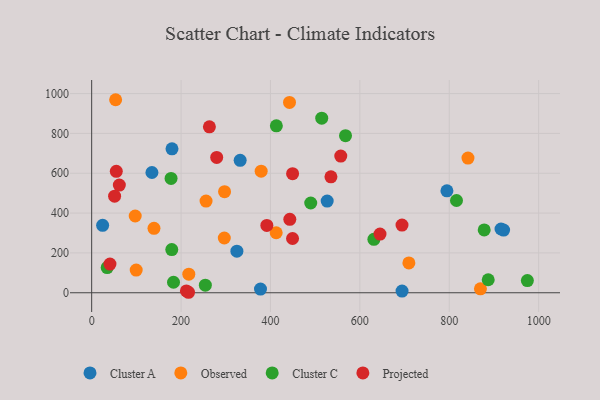
{"axis": {"x": "Distance", "y": "Salary"}, "legend": ["Cluster A", "Cluster C", "Observed", "Projected"], "data": [{"x": "694.4", "y": 8.5, "type": "Cluster A"}, {"x": "179.7", "y": 722.8, "type": "Cluster A"}, {"x": "134.8", "y": 603.7, "type": "Cluster A"}, {"x": "332.2", "y": 664.9, "type": "Cluster A"}, {"x": "24.5", "y": 338.7, "type": "Cluster A"}, {"x": "921.6", "y": 314.8, "type": "Cluster A"}, {"x": "324.9", "y": 208.6, "type": "Cluster A"}, {"x": "915.8", "y": 320.1, "type": "Cluster A"}, {"x": "526.9", "y": 460.4, "type": "Cluster A"}, {"x": "377.7", "y": 18.6, "type": "Cluster A"}, {"x": "794.8", "y": 511.7, "type": "Cluster A"}, {"x": "139.4", "y": 323.5, "type": "Observed"}, {"x": "296.7", "y": 274.9, "type": "Observed"}, {"x": "379.2", "y": 610.4, "type": "Observed"}, {"x": "53.6", "y": 969.2, "type": "Observed"}, {"x": "412.8", "y": 301.2, "type": "Observed"}, {"x": "442.6", "y": 955.7, "type": "Observed"}, {"x": "709.7", "y": 149.7, "type": "Observed"}, {"x": "255.9", "y": 460.2, "type": "Observed"}, {"x": "97.4", "y": 385.3, "type": "Observed"}, {"x": "841.9", "y": 676.0, "type": "Observed"}, {"x": "217.3", "y": 93.3, "type": "Observed"}, {"x": "99.6", "y": 113.7, "type": "Observed"}, {"x": "869.8", "y": 19.6, "type": "Observed"}, {"x": "297.3", "y": 507.3, "type": "Observed"}, {"x": "878.2", "y": 315.5, "type": "Cluster C"}, {"x": "514.7", "y": 876.5, "type": "Cluster C"}, {"x": "631.4", "y": 268.2, "type": "Cluster C"}, {"x": "490.1", "y": 450.7, "type": "Cluster C"}, {"x": "974.8", "y": 61.2, "type": "Cluster C"}, {"x": "34.7", "y": 126.3, "type": "Cluster C"}, {"x": "887.2", "y": 65.2, "type": "Cluster C"}, {"x": "816.2", "y": 463.1, "type": "Cluster C"}, {"x": "254.3", "y": 38.2, "type": "Cluster C"}, {"x": "567.9", "y": 788.8, "type": "Cluster C"}, {"x": "183.1", "y": 52.8, "type": "Cluster C"}, {"x": "413.2", "y": 838.0, "type": "Cluster C"}, {"x": "179.2", "y": 216.9, "type": "Cluster C"}, {"x": "177.6", "y": 574.0, "type": "Cluster C"}, {"x": "40.9", "y": 143.8, "type": "Projected"}, {"x": "279.7", "y": 679.7, "type": "Projected"}, {"x": "535.3", "y": 582.3, "type": "Projected"}, {"x": "557.3", "y": 686.4, "type": "Projected"}, {"x": "211.9", "y": 9.4, "type": "Projected"}, {"x": "61.9", "y": 540.8, "type": "Projected"}, {"x": "449.4", "y": 272.5, "type": "Projected"}, {"x": "263.4", "y": 832.9, "type": "Projected"}, {"x": "216.7", "y": 2.4, "type": "Projected"}, {"x": "391.9", "y": 338.1, "type": "Projected"}, {"x": "645.1", "y": 294.6, "type": "Projected"}, {"x": "55.1", "y": 609.7, "type": "Projected"}, {"x": "694.3", "y": 339.7, "type": "Projected"}, {"x": "51.3", "y": 485.1, "type": "Projected"}, {"x": "449.5", "y": 598.1, "type": "Projected"}, {"x": "443.3", "y": 368.5, "type": "Projected"}]}